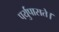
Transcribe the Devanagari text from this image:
पर्युपासते।